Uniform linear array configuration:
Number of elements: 16
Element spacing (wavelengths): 0.75
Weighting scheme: exponential
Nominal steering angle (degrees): -30
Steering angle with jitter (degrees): -28.042
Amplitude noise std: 0.05
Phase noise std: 0.05

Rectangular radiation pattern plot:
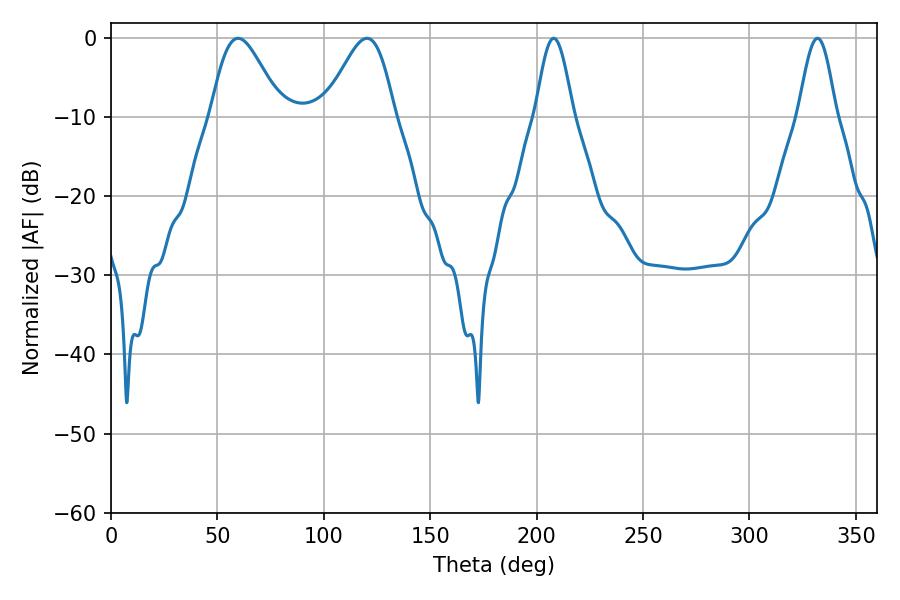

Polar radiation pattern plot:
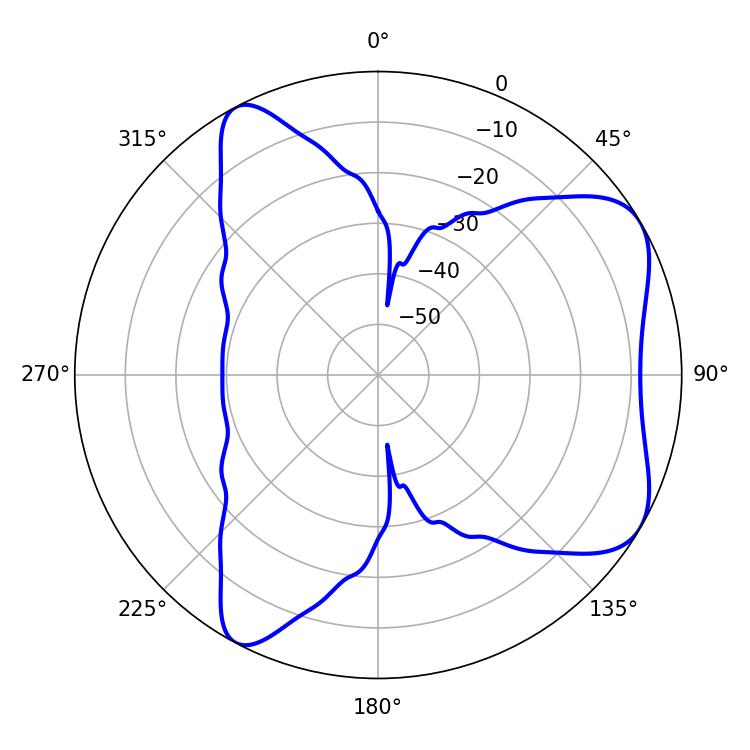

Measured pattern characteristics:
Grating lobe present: TRUE
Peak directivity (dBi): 6.377
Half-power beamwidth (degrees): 17.28
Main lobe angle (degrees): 59.76